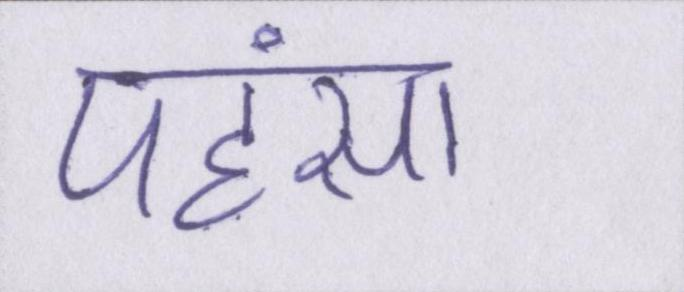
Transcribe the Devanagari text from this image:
पहंसा